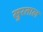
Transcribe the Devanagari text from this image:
सुरताल